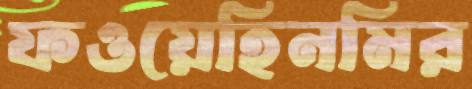
ফওয়েহিনমির